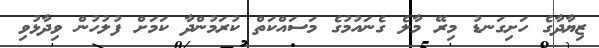
ޒިޔާދާގެ ހަށިގަނޑު މިރޭ މާލެ ގެނައުމުގެ މަސައްކަތް ކުރަމުންދާ ކަމަށް ފުލުހުން ވިދާޅުވި